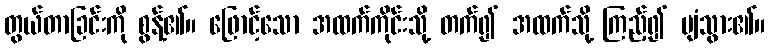
တွယ်တာခြင်းကို စွန့်၏။ ဖြောင့်သော အထက်ကိုင်းသို့ တက်၍ အထက်သို့ ကြည့်၍ ပျံသွား၏။